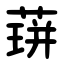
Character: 䔊